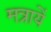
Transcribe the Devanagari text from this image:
मत्रायें